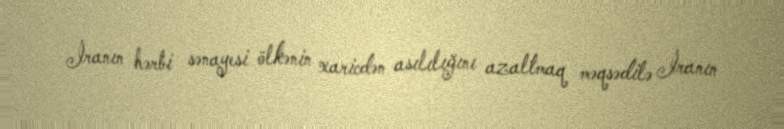
İranın hərbi sənayesi ölkənin xaricdən asılılığını azaltmaq məqsədilə İranın